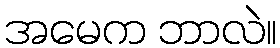
အမေက ဘာလဲ။